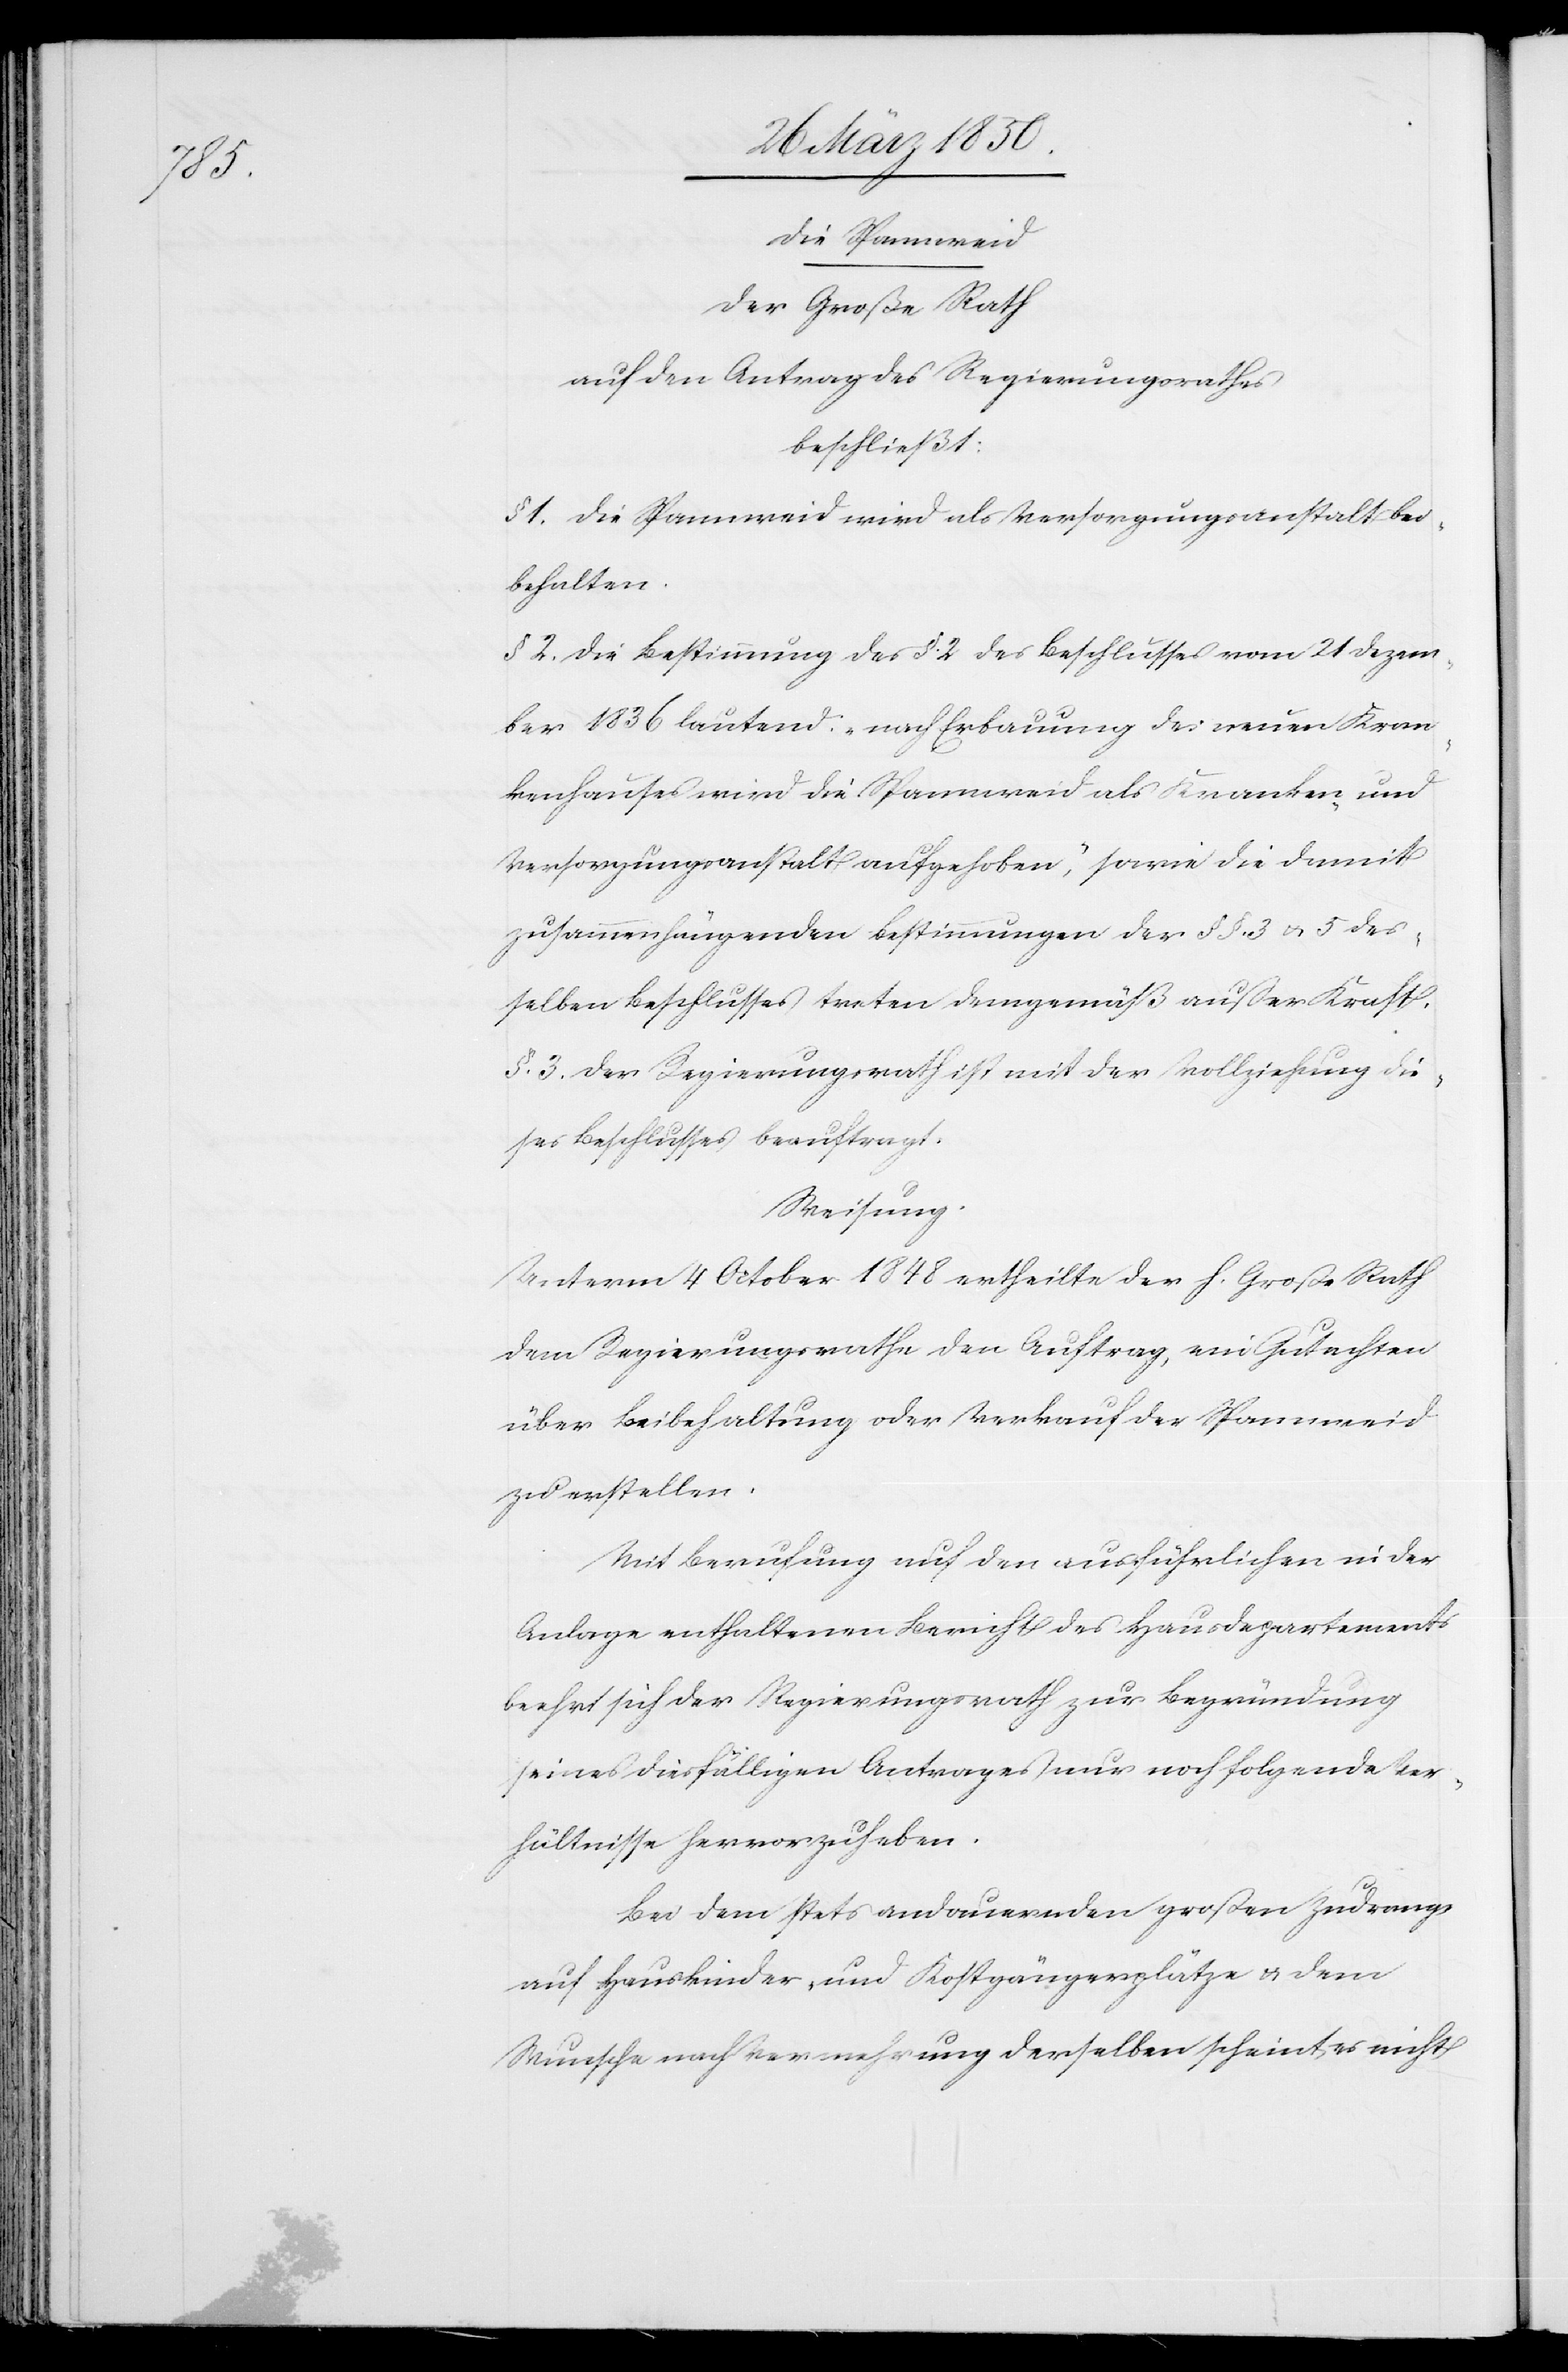
die Spannweid
Der Große Rath
auf den Antrag des Regierungsrathes
beschließt:
§ 1 Die Spannweid wird als Versorgungsanstalt bei¬
behalten.
§ 2 Die Bestimmung des §. 2 des Beschlusses vom 21 Dezem¬
ber 1836 lautend: „nach Erbauung des neuen Kran¬
kenhauses wird die Spannweid als Kranken- und
Versorgungsanstalt aufgehoben“, sowie die damit
zusammenhängenden Bestimmungen der § §. 3 u. 5 des¬
selben Beschlusses treten demgemäß außer Kraft.
§. 3. Der Regierungsrath ist mit der Vollziehung die¬
ses Beschlusses beauftragt.
Weisung.
Unterm 4 October 1848 ertheilte der h. Große Rath
dem Regierungsrathe den Auftrag, ein Gutachten
über Beibehaltung oder Verkauf der Spannweid
zu erstellen.
Mit Berufung auf den ausführlichen in der
Anlage enthaltenen Bericht des Hausdepartements
beehrt sich der Regierungsrath zur Begründung
seines diesfälligen Antrages nur noch folgende Ver¬
hältnisse hervorzuheben.
Bei dem stets andauernden großen Zudrangs
auf Hauskinder und Kostgängerplätze u. dem
Wunsche nach Vermehrung derselben scheint es nicht